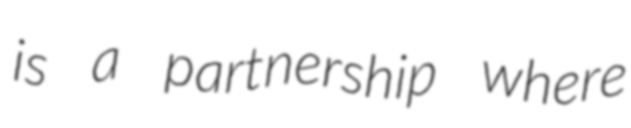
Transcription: is a partnership where